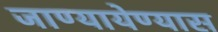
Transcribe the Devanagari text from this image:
जाण्यायेण्यास